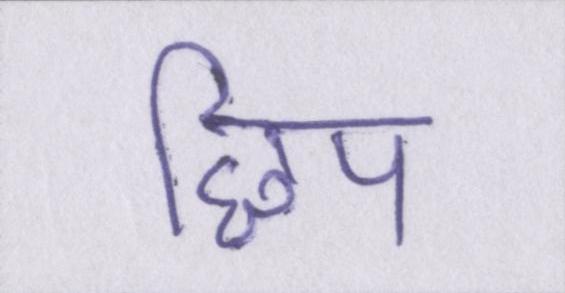
छिप